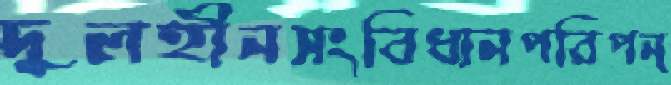
দুলহীনসংবিধানপরিপন্